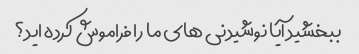
ببخشید آیا نوشیدنی های ما را فراموش کرده اید؟